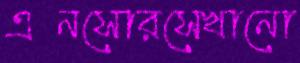
এনসোরসেখানো